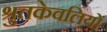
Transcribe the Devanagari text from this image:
श्रुतकेवलियों